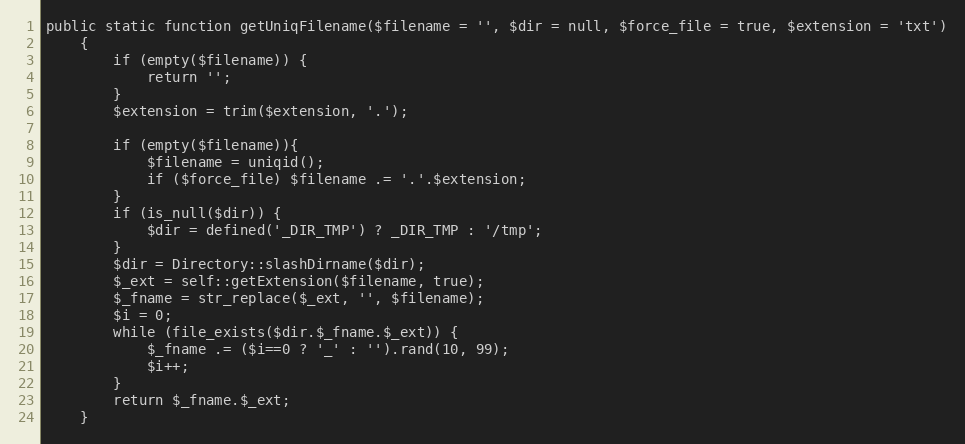
Language: PHP
public static function getUniqFilename($filename = '', $dir = null, $force_file = true, $extension = 'txt')
    {
        if (empty($filename)) {
            return '';
        }
        $extension = trim($extension, '.');

        if (empty($filename)){
            $filename = uniqid();
            if ($force_file) $filename .= '.'.$extension;
        }
        if (is_null($dir)) {
            $dir = defined('_DIR_TMP') ? _DIR_TMP : '/tmp';
        }
        $dir = Directory::slashDirname($dir);
        $_ext = self::getExtension($filename, true);
        $_fname = str_replace($_ext, '', $filename);
        $i = 0;
        while (file_exists($dir.$_fname.$_ext)) {
            $_fname .= ($i==0 ? '_' : '').rand(10, 99);
            $i++;
        }
        return $_fname.$_ext;
    }